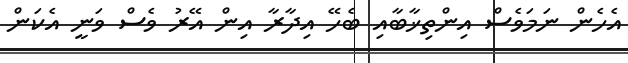
އެހެން ނަމަވެސް އިންތިޚާބާއި ބެހޭ އިދާރާ އިން އޭރު ވެސް ވަނީ އެކަން